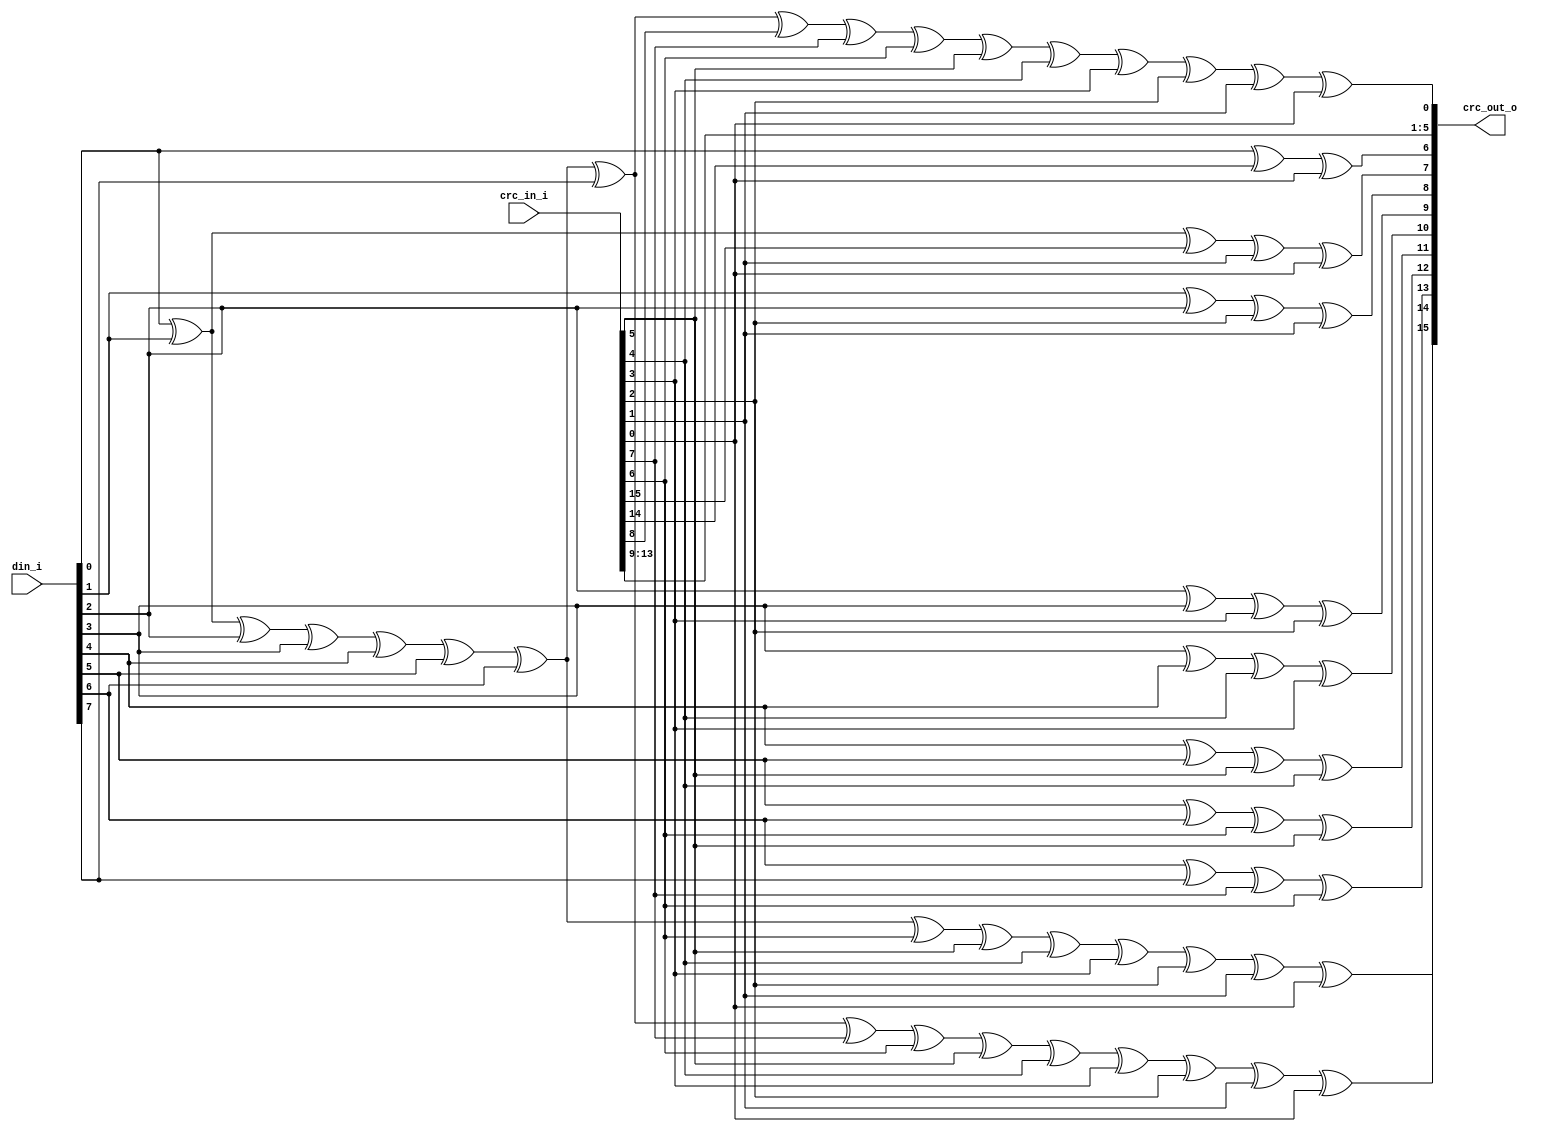
//-----------------------------------------------------------------
//                       USB Device Core
//                           V1.0
//                     Ultra-Embedded.com
//                     Copyright 2014-2019
//
//
//                         License: GPL
// If you would like a version with a more permissive license for
// use in closed source commercial applications please contact me
// for details.
//-----------------------------------------------------------------
//
// This file is open source HDL; you can redistribute it and/or 
// modify it under the terms of the GNU General Public License as 
// published by the Free Software Foundation; either version 2 of 
// the License, or (at your option) any later version.
//
// This file is distributed in the hope that it will be useful,
// but WITHOUT ANY WARRANTY; without even the implied warranty of
// MERCHANTABILITY or FITNESS FOR A PARTICULAR PURPOSE.  See the
// GNU General Public License for more details.
//
// You should have received a copy of the GNU General Public 
// License along with this file; if not, write to the Free Software
// Foundation, Inc., 59 Temple Place, Suite 330, Boston, MA 02111-1307
// USA
//-----------------------------------------------------------------

//-----------------------------------------------------------------
//                          Generated File
//-----------------------------------------------------------------

module usbf_crc16
(
    // Inputs
     input  [ 15:0]  crc_in_i
    ,input  [  7:0]  din_i

    // Outputs
    ,output [ 15:0]  crc_out_o
);



//-----------------------------------------------------------------
// Logic
//-----------------------------------------------------------------
assign crc_out_o[15] =    din_i[0] ^ din_i[1] ^ din_i[2] ^ din_i[3] ^ din_i[4] ^ din_i[5] ^ din_i[6] ^ din_i[7] ^ 
                        crc_in_i[7] ^ crc_in_i[6] ^ crc_in_i[5] ^ crc_in_i[4] ^ crc_in_i[3] ^ crc_in_i[2] ^ crc_in_i[1] ^ crc_in_i[0];
assign crc_out_o[14] =    din_i[0] ^ din_i[1] ^ din_i[2] ^ din_i[3] ^ din_i[4] ^ din_i[5] ^ din_i[6] ^
                        crc_in_i[6] ^ crc_in_i[5] ^ crc_in_i[4] ^ crc_in_i[3] ^ crc_in_i[2] ^ crc_in_i[1] ^ crc_in_i[0];
assign crc_out_o[13] =    din_i[6] ^ din_i[7] ^ 
                        crc_in_i[7] ^ crc_in_i[6];
assign crc_out_o[12] =    din_i[5] ^ din_i[6] ^ 
                        crc_in_i[6] ^ crc_in_i[5];
assign crc_out_o[11] =    din_i[4] ^ din_i[5] ^ 
                        crc_in_i[5] ^ crc_in_i[4];
assign crc_out_o[10] =    din_i[3] ^ din_i[4] ^ 
                        crc_in_i[4] ^ crc_in_i[3];
assign crc_out_o[9] =     din_i[2] ^ din_i[3] ^ 
                        crc_in_i[3] ^ crc_in_i[2];
assign crc_out_o[8] =     din_i[1] ^ din_i[2] ^ 
                        crc_in_i[2] ^ crc_in_i[1];
assign crc_out_o[7] =     din_i[0] ^ din_i[1] ^ 
                        crc_in_i[15] ^ crc_in_i[1] ^ crc_in_i[0];
assign crc_out_o[6] =     din_i[0] ^ 
                        crc_in_i[14] ^ crc_in_i[0];
assign crc_out_o[5] =     crc_in_i[13];
assign crc_out_o[4] =     crc_in_i[12];
assign crc_out_o[3] =     crc_in_i[11];
assign crc_out_o[2] =     crc_in_i[10];
assign crc_out_o[1] =     crc_in_i[9];
assign crc_out_o[0] =     din_i[0] ^ din_i[1] ^ din_i[2] ^ din_i[3] ^ din_i[4] ^ din_i[5] ^ din_i[6] ^ din_i[7] ^
                        crc_in_i[8] ^ crc_in_i[7] ^ crc_in_i[6] ^ crc_in_i[5] ^ crc_in_i[4] ^ crc_in_i[3] ^ crc_in_i[2] ^ crc_in_i[1] ^ crc_in_i[0];


endmodule